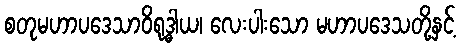
စတုမဟာပဒေသာဝိရုဒ္ဓါယ၊ လေးပါးသော မဟာပဒေသတို့နှင့်